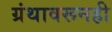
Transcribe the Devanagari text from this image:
ग्रंथावरूनही